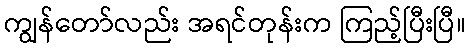
ကျွန်တော်လည်း အရင်တုန်းက ကြည့်ပြီးပြီ။